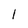
Character: 1